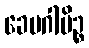
ခေမဂါမိဉ္စ